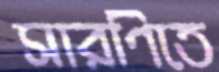
সারণিতে